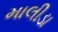
માલીડા